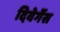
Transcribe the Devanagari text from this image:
दिवेर्गेस